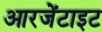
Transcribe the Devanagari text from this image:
आरजेंटाइट